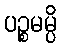
ပဉ္စမမ္ပိ